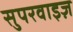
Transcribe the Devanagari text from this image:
सुपरवाइज़